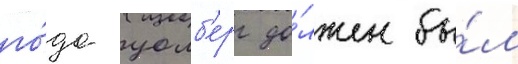
го́да уолб'ерг до́лжен бы́л